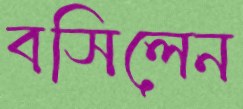
বসিলেন